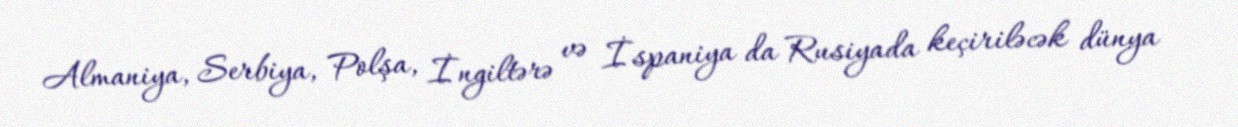
Almaniya, Serbiya, Polşa, İngiltərə və İspaniya da Rusiyada keçiriləcək dünya